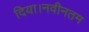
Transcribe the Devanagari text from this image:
दिया।नवीनतम